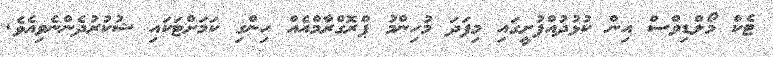
ޓެކް މޯލްޑިވްސް އިން ކުޅުދުއްފުށީގައި މިފަދަ މުހިންމު ޕްރޮގްރާމްއެއް ހިންގި ކަމަށްޓަކައި ޝުކުުރުދެންނެވިއެވެ